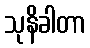
သုနိခါတာ